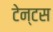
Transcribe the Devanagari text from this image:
टेन्टस